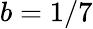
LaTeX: b=1/7